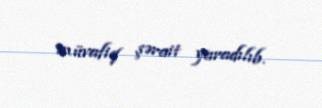
müvafiq şərait yaradılıb.